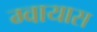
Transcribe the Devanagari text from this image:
ग्वायास